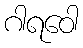
ဂါရဝေါ